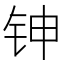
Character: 𬬹